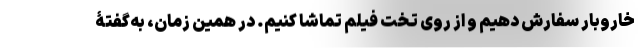
خاروبار سفارش دهیم و از روی تخت فیلم تماشا کنیم. در همین زمان، به‌گفتۀ